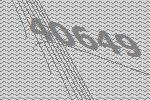
40649